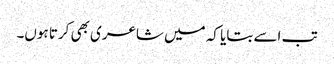
تب اسے بتایا کہ میں شاعری بھی کرتا ہوں۔